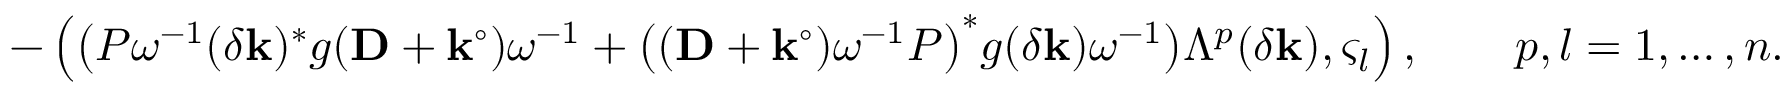
- \left( \bigl ( P \omega ^ { - 1 } ( \delta \mathbf { k } ) ^ { * } g ( \mathbf { D } + \mathbf { k } ^ { \circ } ) \omega ^ { - 1 } + \bigl ( ( \mathbf { D } + \mathbf { k } ^ { \circ } ) \omega ^ { - 1 } P \bigr ) ^ { * } g ( \delta \mathbf { k } ) \omega ^ { - 1 } \bigr ) \Lambda ^ { p } ( \delta \mathbf { k } ) , \varsigma _ { l } \right) , \qquad p , l = 1 , \ldots , n .